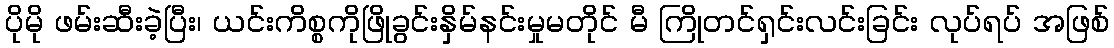
ပိုမို ဖမ်းဆီးခဲ့ပြီး၊ ယင်းကိစ္စကိုဖြိုခွင်းနှိမ်နင်းမှုမတိုင် မီ ကြိုတင်ရှင်းလင်းခြင်း လုပ်ရပ် အဖြစ်